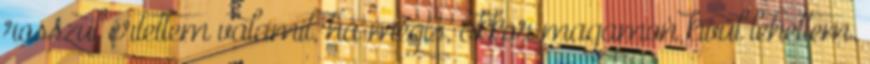
rosszul értettem valamit, ha mégis, akkor magamon kívül lehettem.